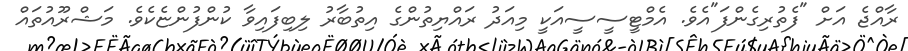
ރާއްޖެ އަށް "ފެތުރިގެންފަ"އެވެ. އެމްޓީސީސީއަކީ މިއަދު ރައްޔިތުންގެ އިތުބާރު ލިބިފައިވާ ކުންފުންޏެކެވެ. މަޝްރޫއުތައް